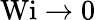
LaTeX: \textrm{Wi}\to 0